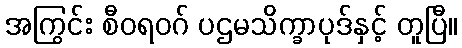
အကြွင်း စီဝရဝဂ် ပဌမသိက္ခာပုဒ်နှင့် တူပြီ။